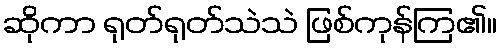
ဆိုကာ ရုတ်ရုတ်သဲသဲ ဖြစ်ကုန်ကြ၏။